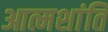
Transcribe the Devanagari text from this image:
आत्मशांति